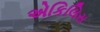
એકિલિસ